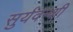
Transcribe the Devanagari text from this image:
सुर्यवन्शी